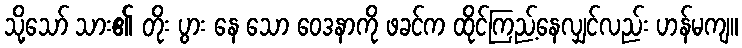
သို့သော် သား၏ တိုး ပွား နေ သော ဝေဒနာကို ဖခင်က ထိုင်ကြည့်နေလျှင်လည်း ဟန်မကျ။